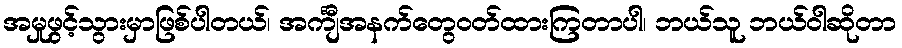
အမှုဖွင့်သွားမှာဖြစ်ပါတယ်၊ အင်္ကျီအနက်တွေဝတ်ထားကြတာပါ၊ ဘယ်သူ ဘယ်ဝါဆိုတာ